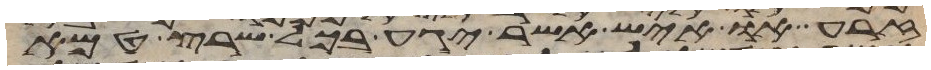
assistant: זרע או איש אשר יגע בכל שרץ טמא